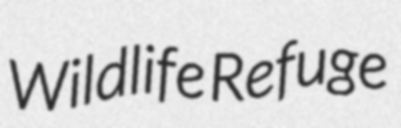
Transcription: Wildlife Refuge